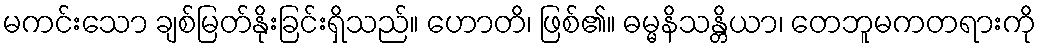
မကင်းသော ချစ်မြတ်နိုးခြင်းရှိသည်။ ဟောတိ၊ ဖြစ်၏။ ဓမ္မနိသန္တိယာ၊ တေဘူမကတရားကို